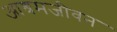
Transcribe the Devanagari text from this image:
आश्रमजीवन